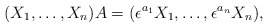
\begin{align*}(X_1,\dots,X_n)A=(\epsilon^{a_1}X_1,\dots,\epsilon^{a_n}X_n),\end{align*}